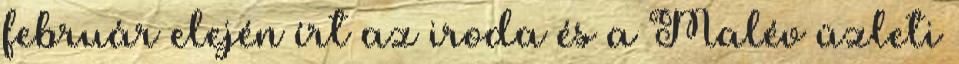
február elején írt az iroda és a Malév üzleti